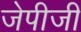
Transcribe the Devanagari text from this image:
जेपीजी